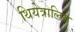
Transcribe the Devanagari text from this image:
थियेत्रालिस